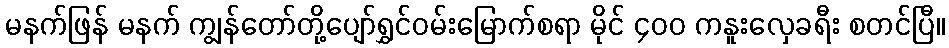
မနက်ဖြန် မနက် ကျွန်တော်တို့ပျော်ရွှင်ဝမ်းမြောက်စရာ မိုင် ၄၀၀ ကနူးလှေခရီး စတင်ပြီ။